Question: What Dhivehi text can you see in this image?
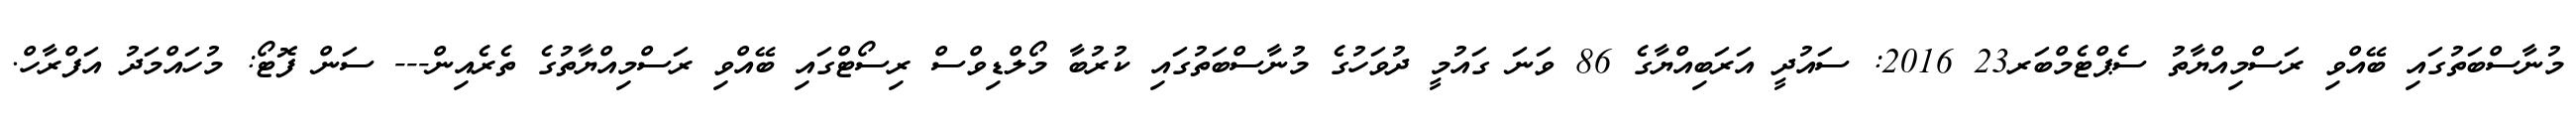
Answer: މުނާސްބަތުގައި ބޭއްވި ރަސްމިއްޔާތު ސެޕްޓެމްބަރ23 2016: ސައުދީ އަރަބިއްޔާގެ 86 ވަނަ ގައުމީ ދުވަހުގެ މުނާސްބަތުގައި ކުރުބާ މޯލްޑިވްސް ރިސޯޓްގައި ބޭއްވި ރަސްމިއްޔާތުގެ ތެރެއިން--- ސަން ފޮޓޯ: މުހައްމަދު އަފްރާހް.